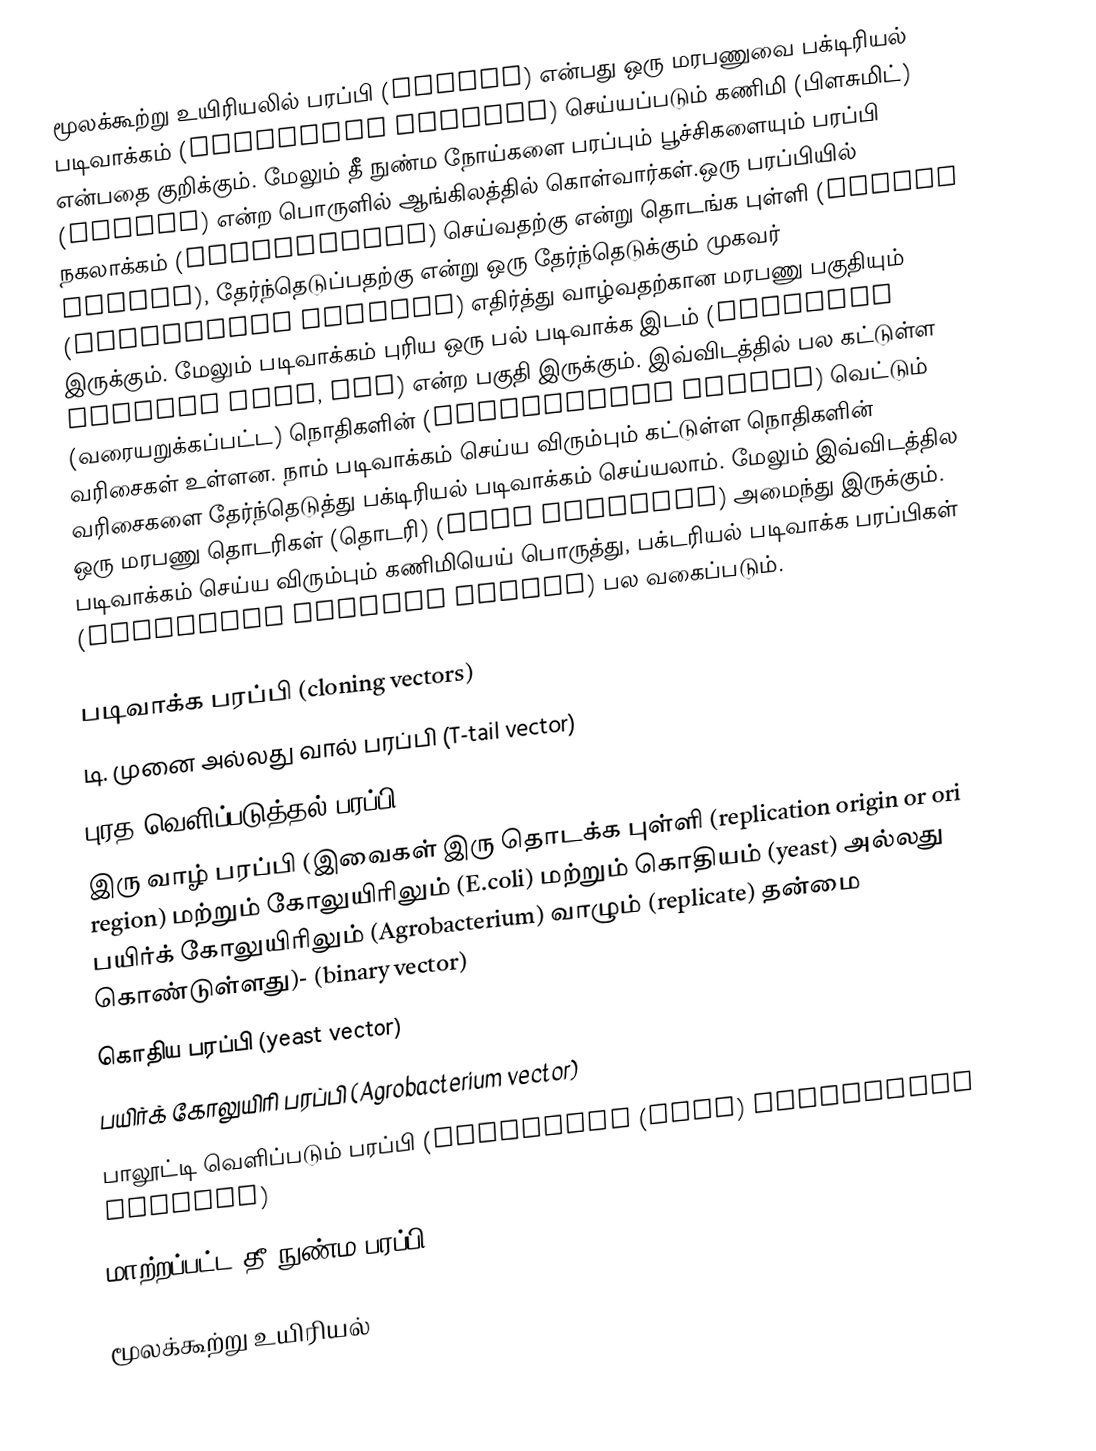
மூலக்கூற்று உயிரியலில் பரப்பி (vector) என்பது ஒரு மரபணுவை பக்டிரியல் படிவாக்கம் (bacterial cloning) செய்யப்படும் கணிமி (பிளசுமிட்) என்பதை குறிக்கும். மேலும் தீ நுண்ம நோய்களை பரப்பும் பூச்சிகளையும் பரப்பி (vector) என்ற பொருளில் ஆங்கிலத்தில் கொள்வார்கள்.ஒரு பரப்பியில் நகலாக்கம் (replication) செய்வதற்கு என்று தொடங்க புள்ளி (origin region), தேர்ந்தெடுப்பதற்கு என்று ஒரு தேர்ந்தெடுக்கும் முகவர் (selectable markers) எதிர்த்து வாழ்வதற்கான மரபணு பகுதியும் இருக்கும். மேலும் படிவாக்கம் புரிய ஒரு பல் படிவாக்க இடம் (multiple cloning site, MCS) என்ற பகுதி இருக்கும். இவ்விடத்தில் பல கட்டுள்ள (வரையறுக்கப்பட்ட) நொதிகளின் (restriction enzyme) வெட்டும் வரிசைகள் உள்ளன. நாம் படிவாக்கம் செய்ய விரும்பும் கட்டுள்ள நொதிகளின் வரிசைகளை தேர்ந்தெடுத்து பக்டிரியல் படிவாக்கம் செய்யலாம். மேலும் இவ்விடத்தில ஒரு மரபணு தொடரிகள் (தொடரி) (gene promoter) அமைந்து இருக்கும்.  படிவாக்கம் செய்ய விரும்பும் கணிமியெய் பொருத்து,  பக்டரியல் படிவாக்க பரப்பிகள் (bacterial cloning vector) பல வகைப்படும்.

படிவாக்க பரப்பி (cloning vectors)
டி. முனை அல்லது வால் பரப்பி (T-tail vector)
புரத வெளிப்படுத்தல் பரப்பி (expression vector)
இரு வாழ் பரப்பி (இவைகள் இரு தொடக்க புள்ளி (replication origin or ori region) மற்றும் கோலுயிரிலும் (E.coli) மற்றும் கொதியம் (yeast) அல்லது பயிர்க் கோலுயிரிலும் (Agrobacterium) வாழும் (replicate) தன்மை கொண்டுள்ளது)- (binary vector)
கொதிய பரப்பி (yeast vector)
பயிர்க் கோலுயிரி பரப்பி (Agrobacterium vector)
பாலூட்டி வெளிப்படும் பரப்பி (mammalian (cell) expression vectors)
மாற்றப்பட்ட தீ நுண்ம பரப்பி (modified virus vectors)

மூலக்கூற்று உயிரியல்